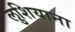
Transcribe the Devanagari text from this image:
लुशियाना